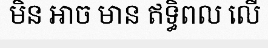
មិន អាច មាន ឥទ្ធិពល លើ